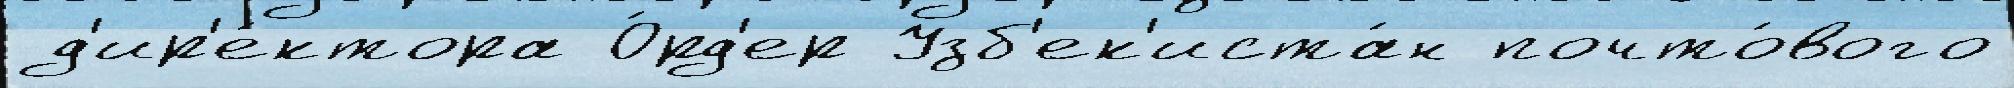
д'ир'е́ктора О́рд'ер Узб'ек'иста́н почто́вого